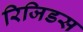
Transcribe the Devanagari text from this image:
रिजिडस